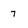
Character: 7